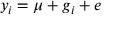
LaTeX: y _ { i } = \mu + g _ { i } + e